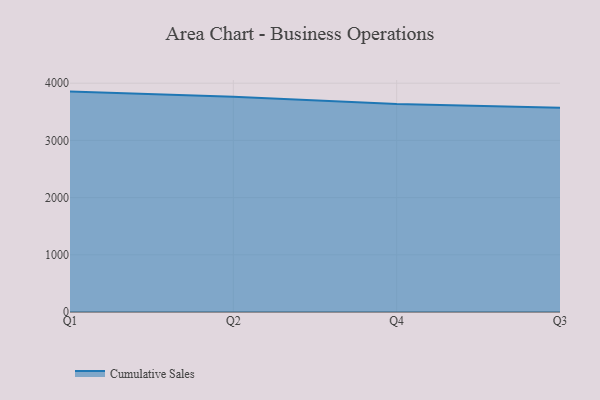
{"axis": {"x": "Quarter", "y": "Latency (ms)"}, "legend": ["Cumulative Sales"], "data": [{"x": "Q1", "y": 3853.0, "type": "Cumulative Sales"}, {"x": "Q2", "y": 3765.1, "type": "Cumulative Sales"}, {"x": "Q4", "y": 3635.3, "type": "Cumulative Sales"}, {"x": "Q3", "y": 3571.9, "type": "Cumulative Sales"}]}